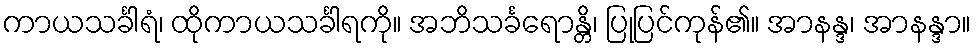
ကာယသင်္ခါရံ၊ ထိုကာယသင်္ခါရကို။ အဘိသင်္ခရောန္တိ၊ ပြုပြင်ကုန်၏။ အာနန္ဒ၊ အာနန္ဒာ။